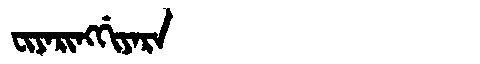
Manchu: ᠸᡳᠶᠠᡵᡳᠩᡤᡳᠶᠠᡵᠠ
Romanization: FIYARINGGIYARA